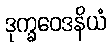
ဒုက္ခဝေဒနိယံ